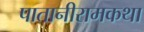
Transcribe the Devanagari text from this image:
पातानीरामकथा